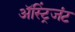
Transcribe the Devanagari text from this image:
अॅस्ट्रिंजंट